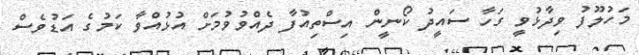
މަހުލޫފު ވިދާޅުވީ ގަހާ ސައީދު ކޯނީން އިސްތިއުފާ ދެއްވުވުމަށް އުޅުއްވާ ކަމުގެ އަޑުވެސް